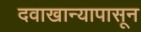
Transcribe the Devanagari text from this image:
दवाखान्यापासून